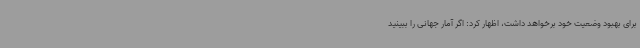
برای بهبود وضعیت خود برخواهد داشت، اظهار کرد: اگر آمار جهانی را ببینید